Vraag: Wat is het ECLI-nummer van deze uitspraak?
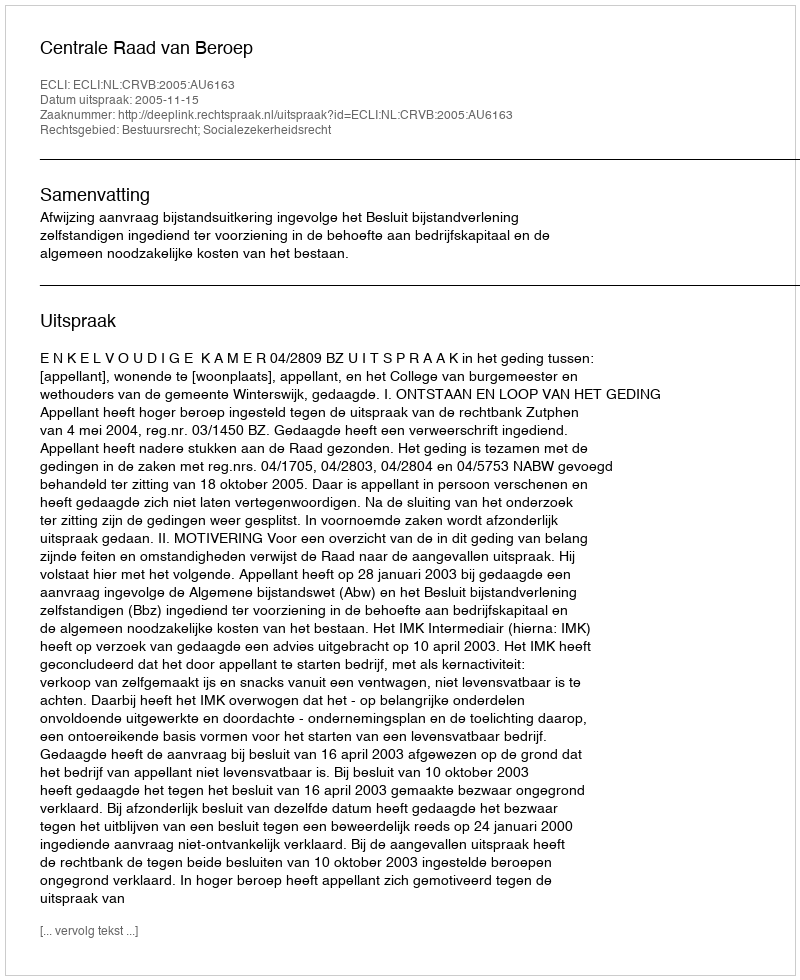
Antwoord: ECLI:NL:CRVB:2005:AU6163